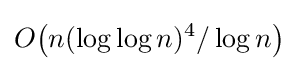
O{\bigl (}n(\log \log n)^{4}/\log n{\bigr )}